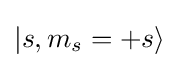
\left|s,m_{s}=+s\right\rangle